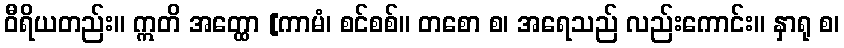
ဝီရိယတည်း။ ဣတိ အတ္ထော [ကာမံ၊ စင်စစ်။ တစော စ၊ အရေသည် လည်းကောင်း။ နှာရု စ၊